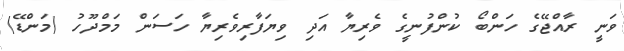
ވަނީ ރާއްޖޭގެ ހަންބޯ ކުންފުނީގެ ވެރިޔާ އަދި ވިޔަފާރިވެރިޔާ ހަސަން މަމްދޫހު (މަންޑޭ)